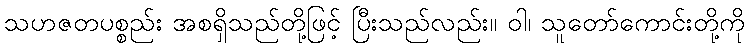
သဟဇတပစ္စည်း အစရှိသည်တို့ဖြင့် ပြီးသည်လည်း။ ဝါ၊ သူတော်ကောင်းတို့ကို